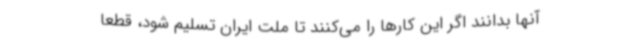
آنها بدانند اگر این کارها را می‌کنند تا ملت ایران تسلیم شود، قطعا